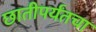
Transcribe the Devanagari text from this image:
छातीपर्यंतचा